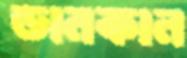
ডানকান